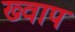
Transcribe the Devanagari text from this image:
ख्वाप